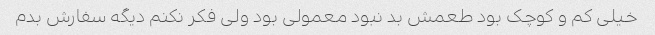
خیلی کم و کوچک بود طعمش بد نبود معمولی بود ولی فکر نکنم دیگه سفارش بدم